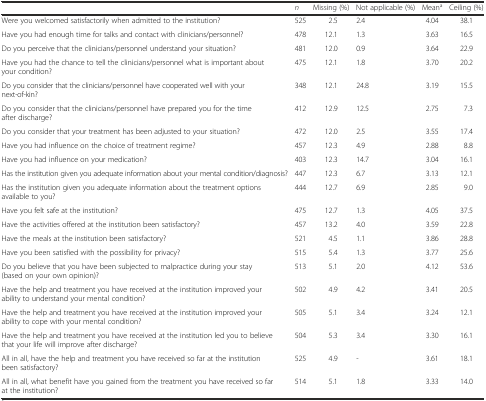
<table><thead><tr><td>[EMPTY_CELL]</td><td><b><i>n</i></b></td><td><b>Missing (%)</b></td><td><b>Not applicable (%)</b></td><td><b>Mean<sup>a</sup></b></td><td><b>Ceiling (%)</b></td></tr></thead><tbody><tr><td>Were you welcomed satisfactorily when admitted to the institution?</td><td>525</td><td>2.5</td><td>2.4</td><td>4.04</td><td>38.1</td></tr><tr><td>Have you had enough time for talks and contact with clinicians/personnel?</td><td>478</td><td>12.1</td><td>1.3</td><td>3.63</td><td>16.5</td></tr><tr><td>Do you perceive that the clinicians/personnel understand your situation?</td><td>481</td><td>12.0</td><td>0.9</td><td>3.64</td><td>22.9</td></tr><tr><td>Have you had the chance to tell the clinicians/personnel what is important about your condition?</td><td>475</td><td>12.1</td><td>1.8</td><td>3.70</td><td>20.2</td></tr><tr><td>Do you consider that the clinicians/personnel have cooperated well with your next-of-kin?</td><td>348</td><td>12.1</td><td>24.8</td><td>3.19</td><td>15.5</td></tr><tr><td>Do you consider that the clinicians/personnel have prepared you for the time after discharge?</td><td>412</td><td>12.9</td><td>12.5</td><td>2.75</td><td>7.3</td></tr><tr><td>Do you consider that your treatment has been adjusted to your situation?</td><td>472</td><td>12.0</td><td>2.5</td><td>3.55</td><td>17.4</td></tr><tr><td>Have you had influence on the choice of treatment regime?</td><td>457</td><td>12.3</td><td>4.9</td><td>2.88</td><td>8.8</td></tr><tr><td>Have you had influence on your medication?</td><td>403</td><td>12.3</td><td>14.7</td><td>3.04</td><td>16.1</td></tr><tr><td>Has the institution given you adequate information about your mental condition/diagnosis?</td><td>447</td><td>12.3</td><td>6.7</td><td>3.13</td><td>12.1</td></tr><tr><td>Has the institution given you adequate information about the treatment options available to you?</td><td>444</td><td>12.7</td><td>6.9</td><td>2.85</td><td>9.0</td></tr><tr><td>Have you felt safe at the institution?</td><td>475</td><td>12.7</td><td>1.3</td><td>4.05</td><td>37.5</td></tr><tr><td>Have the activities offered at the institution been satisfactory?</td><td>457</td><td>13.2</td><td>4.0</td><td>3.59</td><td>22.8</td></tr><tr><td>Have the meals at the institution been satisfactory?</td><td>521</td><td>4.5</td><td>1.1</td><td>3.86</td><td>28.8</td></tr><tr><td>Have you been satisfied with the possibility for privacy?</td><td>515</td><td>5.4</td><td>1.3</td><td>3.77</td><td>25.6</td></tr><tr><td>Do you believe that you have been subjected to malpractice during your stay (based on your own opinion)?</td><td>513</td><td>5.1</td><td>2.0</td><td>4.12</td><td>53.6</td></tr><tr><td>Have the help and treatment you have received at the institution improved your ability to understand your mental condition?</td><td>502</td><td>4.9</td><td>4.2</td><td>3.41</td><td>20.5</td></tr><tr><td>Have the help and treatment you have received at the institution improved your ability to cope with your mental condition?</td><td>505</td><td>5.1</td><td>3.4</td><td>3.24</td><td>12.1</td></tr><tr><td>Have the help and treatment you have received at the institution led you to believe that your life will improve after discharge?</td><td>504</td><td>5.3</td><td>3.4</td><td>3.30</td><td>16.1</td></tr><tr><td>All in all, have the help and treatment you have received so far at the institution been satisfactory?</td><td>525</td><td>4.9</td><td>-</td><td>3.61</td><td>18.1</td></tr><tr><td>All in all, what benefit have you gained from the treatment you have received so far at the institution?</td><td>514</td><td>5.1</td><td>1.8</td><td>3.33</td><td>14.0</td></tr></tbody></table>